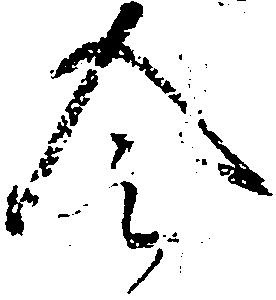
令